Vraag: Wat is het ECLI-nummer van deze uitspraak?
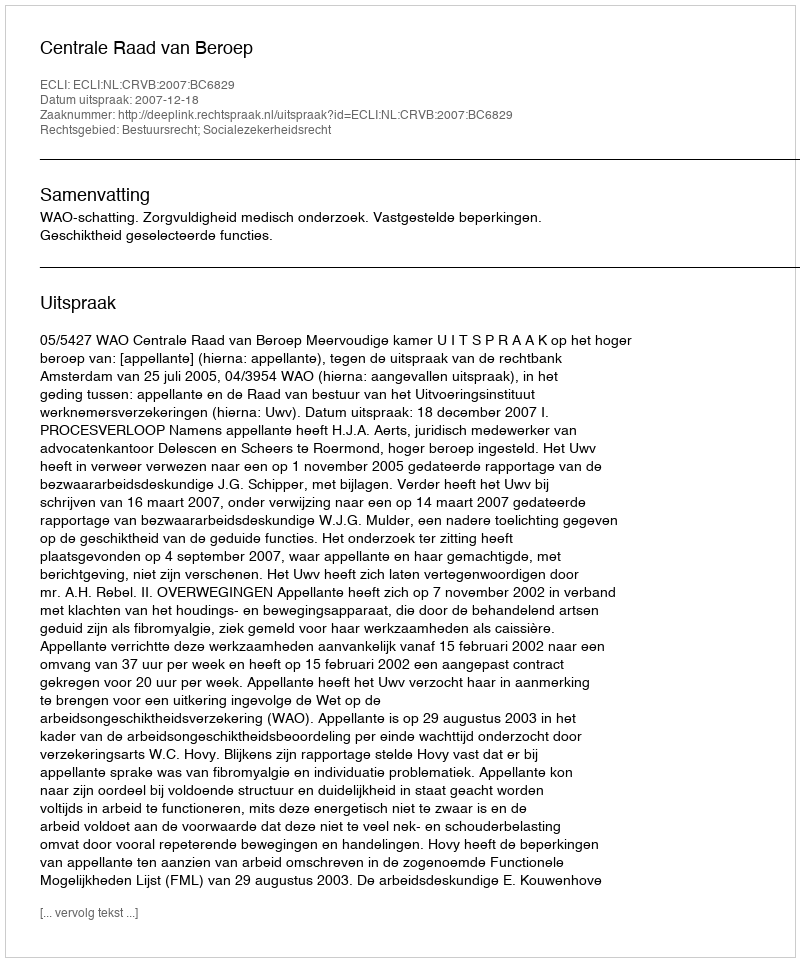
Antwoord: ECLI:NL:CRVB:2007:BC6829